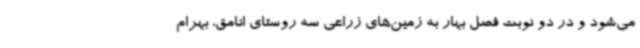
می‌شود و در دو نوبت فصل بهار به زمین‌های زراعی سه روستای انامق، بهرام